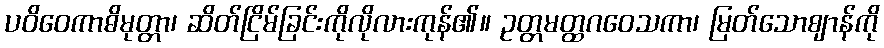
ပဝိဝေကာဓိမုတ္တာ၊ ဆိတ်ငြိမ်ခြင်းကိုလိုလားကုန်၏။ ဥတ္တမတ္ထဂဝေသကာ၊ မြတ်သောဈာန်ကို